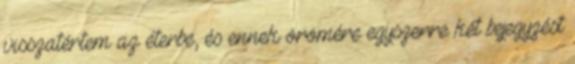
visszatértem az éterbe, és ennek örömére egyszerre két bejegyzést